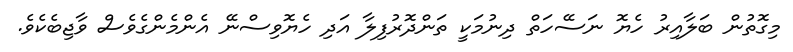
މިގޮތުން ބަލާއިރު ހެޔޮ ނަސޭހަތް ދިނުމަކީ ތަންދޮރުފިލާ އަދި ހެޔޮވިސްނޭ އެންމެންގެވެސް ވާޖިބެކެވެ.